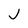
Character: j